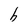
Character: h